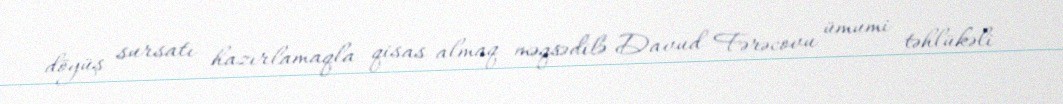
döyüş sursatı hazırlamaqla qisas almaq məqsədilə Davud Fərəcovu ümumi təhlükəli